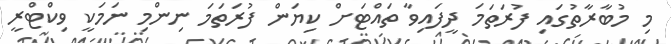
މި މުބާރާތުގައި ފުރަތަމަ ދީފައިވާ ތައްޓަށް ކިޔަން ފުރަތަމަ ނިންމި ނަމަކީ ވިކްޓްރީ